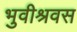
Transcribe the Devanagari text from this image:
भुवीश्रवस